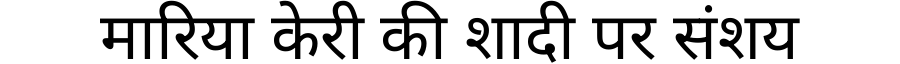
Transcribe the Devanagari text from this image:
मारिया केरी की शादी पर संशय